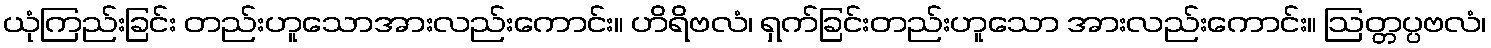
ယုံကြည်းခြင်း တည်းဟူသောအားလည်းကောင်း။ ဟိရိဗလံ၊ ရှက်ခြင်းတည်းဟူသော အားလည်းကောင်း။ ဩတ္တပ္ပဗလံ၊